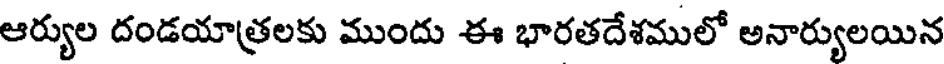
ఆర్యుల దండయాత్రలకు ముందు ఈ భారతదేశములో అనార్యులయిన